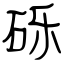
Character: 砾